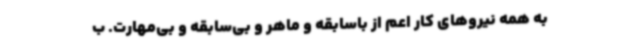
به همه نیروهای کار اعم از باسابقه و ماهر و بی‌سابقه و بی‌مهارت. ب